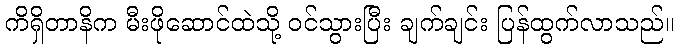
ကိရှိတာနိက မီးဖိုဆောင်ထဲသို့ ဝင်သွားပြီး ချက်ချင်း ပြန်ထွက်လာသည်။